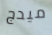
ميدج